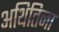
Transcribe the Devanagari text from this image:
अथितिना